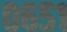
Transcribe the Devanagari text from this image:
०६५१